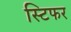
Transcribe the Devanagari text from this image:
स्टिफर